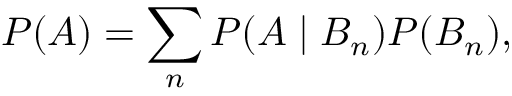
P ( A ) = \sum _ { n } P ( A \mid B _ { n } ) P ( B _ { n } ) ,